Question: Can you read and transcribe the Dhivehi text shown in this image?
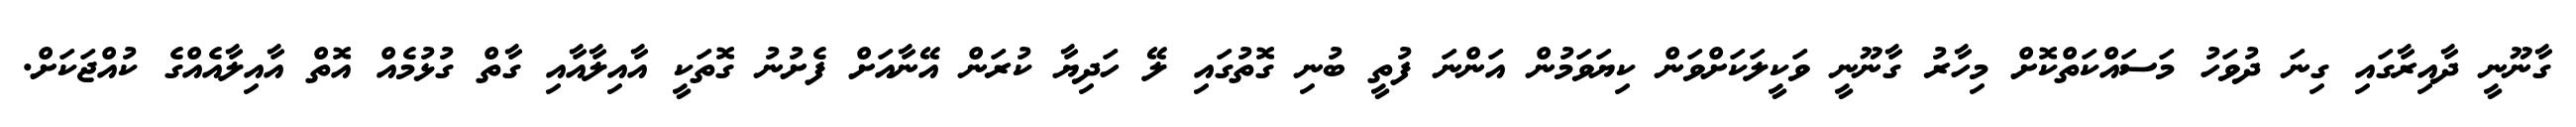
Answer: ގާނޫނީ ދާއިރާގައި ގިނަ ދުވަހު މަސައްކަތްކޮށް މިހާރު ގާނޫނީ ވަކީލަކަށްވަން ކިޔަވަމުން އަންނަ ފުތީ ބުނި ގޮތުގައި ލޭ ހަދިޔާ ކުރަން އޭނާއަށް ފެށުނު ގޮތަކީ އާއިލާއާއި ގާތް ގުޅުމެއް އޮތް އާއިލާއެއްގެ ކުއްޖަކަށް.